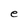
Character: e